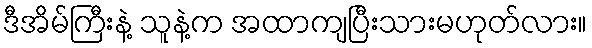
ဒီအိမ်ကြီးနဲ့ သူနဲ့က အထာကျပြီးသားမဟုတ်လား။